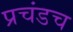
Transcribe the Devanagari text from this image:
प्रचंडच